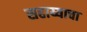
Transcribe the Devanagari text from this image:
सहाय्याचा